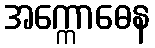
အက္ကောဓေန